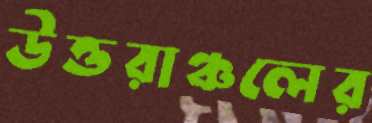
উত্তরাঞ্চলের